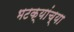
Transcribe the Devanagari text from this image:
भटक्यांच्या